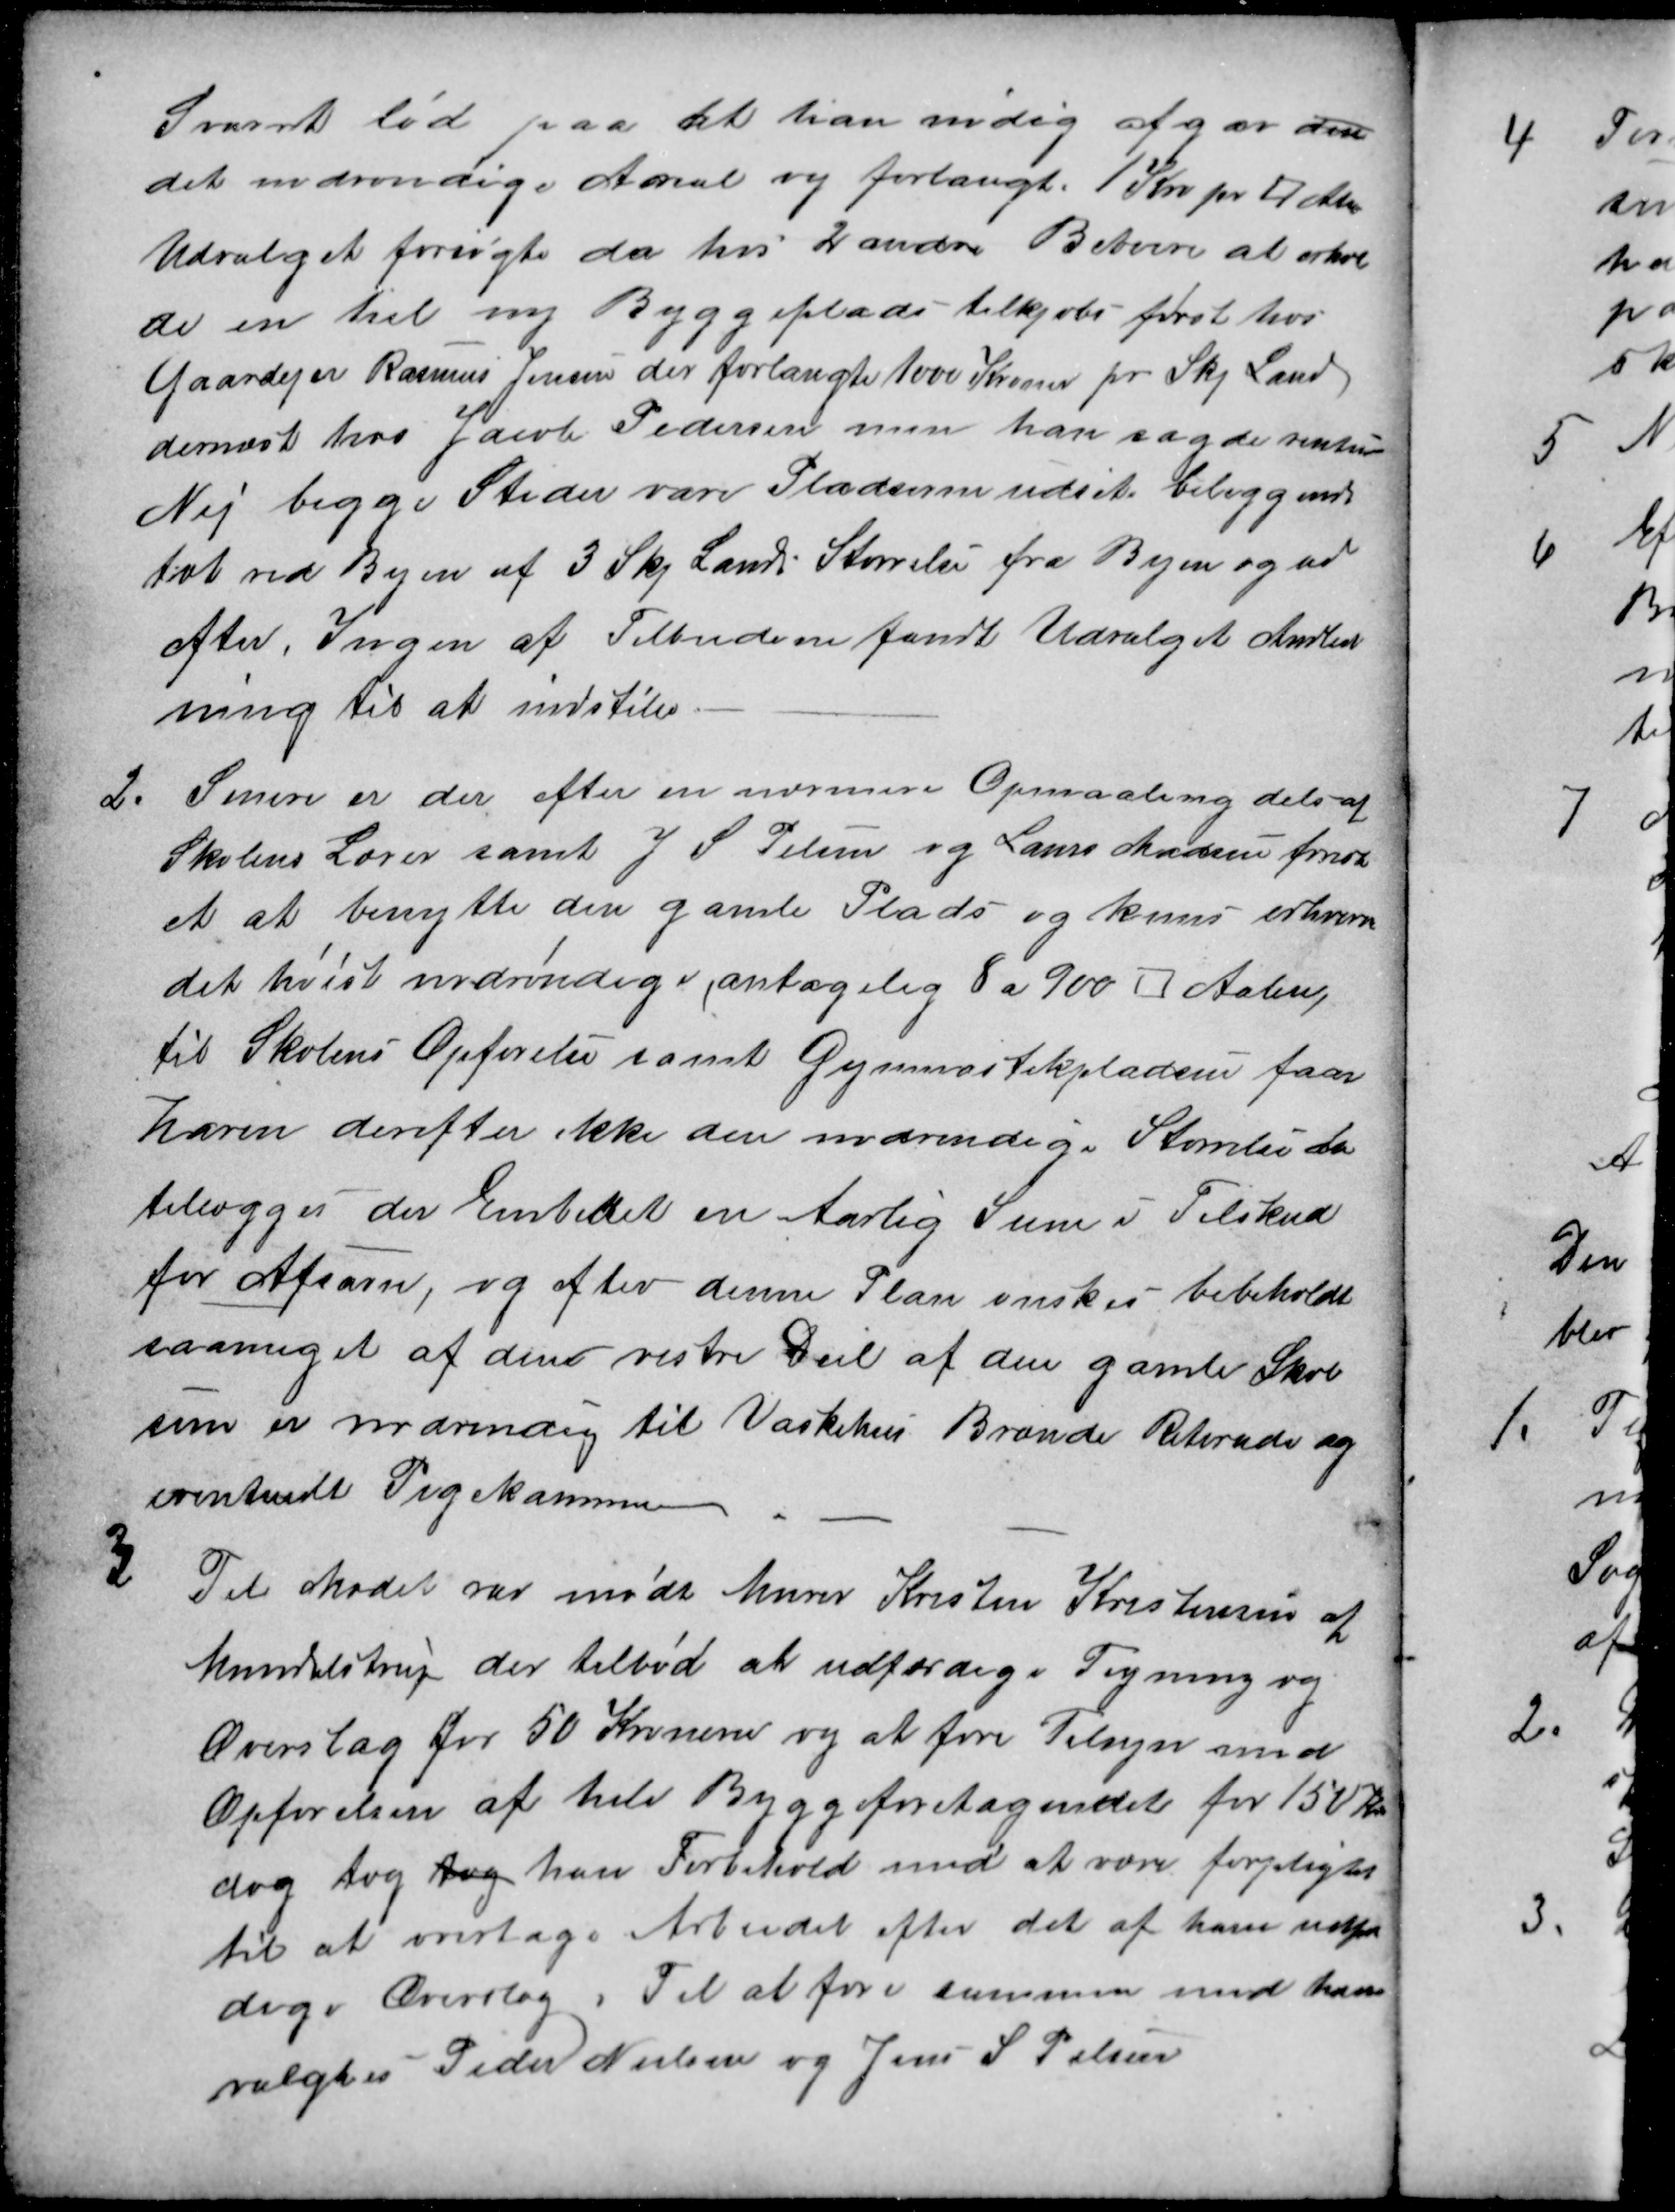
Transskription:
Svaret lød paa at han nødig afgav den
det nødvendige Areal og forlangte 1 Kro pr □ Alen
Udvalget forsøgte da hos 2 andre Beboere at erhver
ve en hel ny Byggeplads tilkjøbs først hos
Gaardejer Rasmus Jensen der forlangte 1000 Kroner pr Skp Land
dernæst hos Jacob Pedersen men han sagde rentur
Nej begge Steder vare Pladserne udset beliggende
tæt ved Byen af 3 Skp Land Størrelse fra Byen og ud
efter, Ingen af Tilbudene fandt Udvalget Andled
ning til at indstille
2.
Senere er der efter en nærmere Opmaaling dels af
Skolens Lærer samt J. S. Pelsen og Laurs Madsen formod
et at benytte den gamle Plads og kuns erhverve
det hvist nødvendige, antagelig 8 a 900 □ Alen
til Skolens Opførelse samt Gymnastikpladsen faar
Haven derefter ikke den nødvendige Størrelse da
tilægges der Embedet en Aarlig Sum i Tilskud
for Afsavn, og efter denne Plan ønskes bibeholdt
saameget af den vestre Deil af den gamle Skole
som er nødvendig til Vaskehus Brænde Retirade og
eventuelt Pigekammer
3
Til Mødet var mødt Murer Kristen Kristensen af
Mundelstrup der tilbød at udfærdige Tegning og
Overslag for 50 Kronern og at føre Tilsyn med
Opførelsen af hele Byggeforetagendet for 150 Kr
dog tog tog han Forbehold med at være forpligtet
til at overtage Arbejdet efter det af ham udfær
dige Overslag. Til at føre sammen med ham
valgtes Peder Nielsen og Jens S. Pelsen